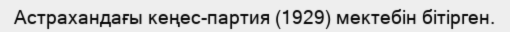
Астрахандағы кеңес-партия (1929) мектебін бітірген.